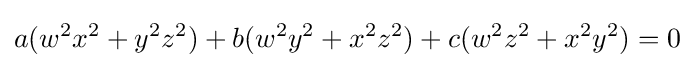
\displaystyle a(w^{2}x^{2}+y^{2}z^{2})+b(w^{2}y^{2}+x^{2}z^{2})+c(w^{2}z^{2}+x^{2}y^{2})=0